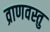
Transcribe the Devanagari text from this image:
व्राणवस्तु